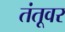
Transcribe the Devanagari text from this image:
तंतूवर